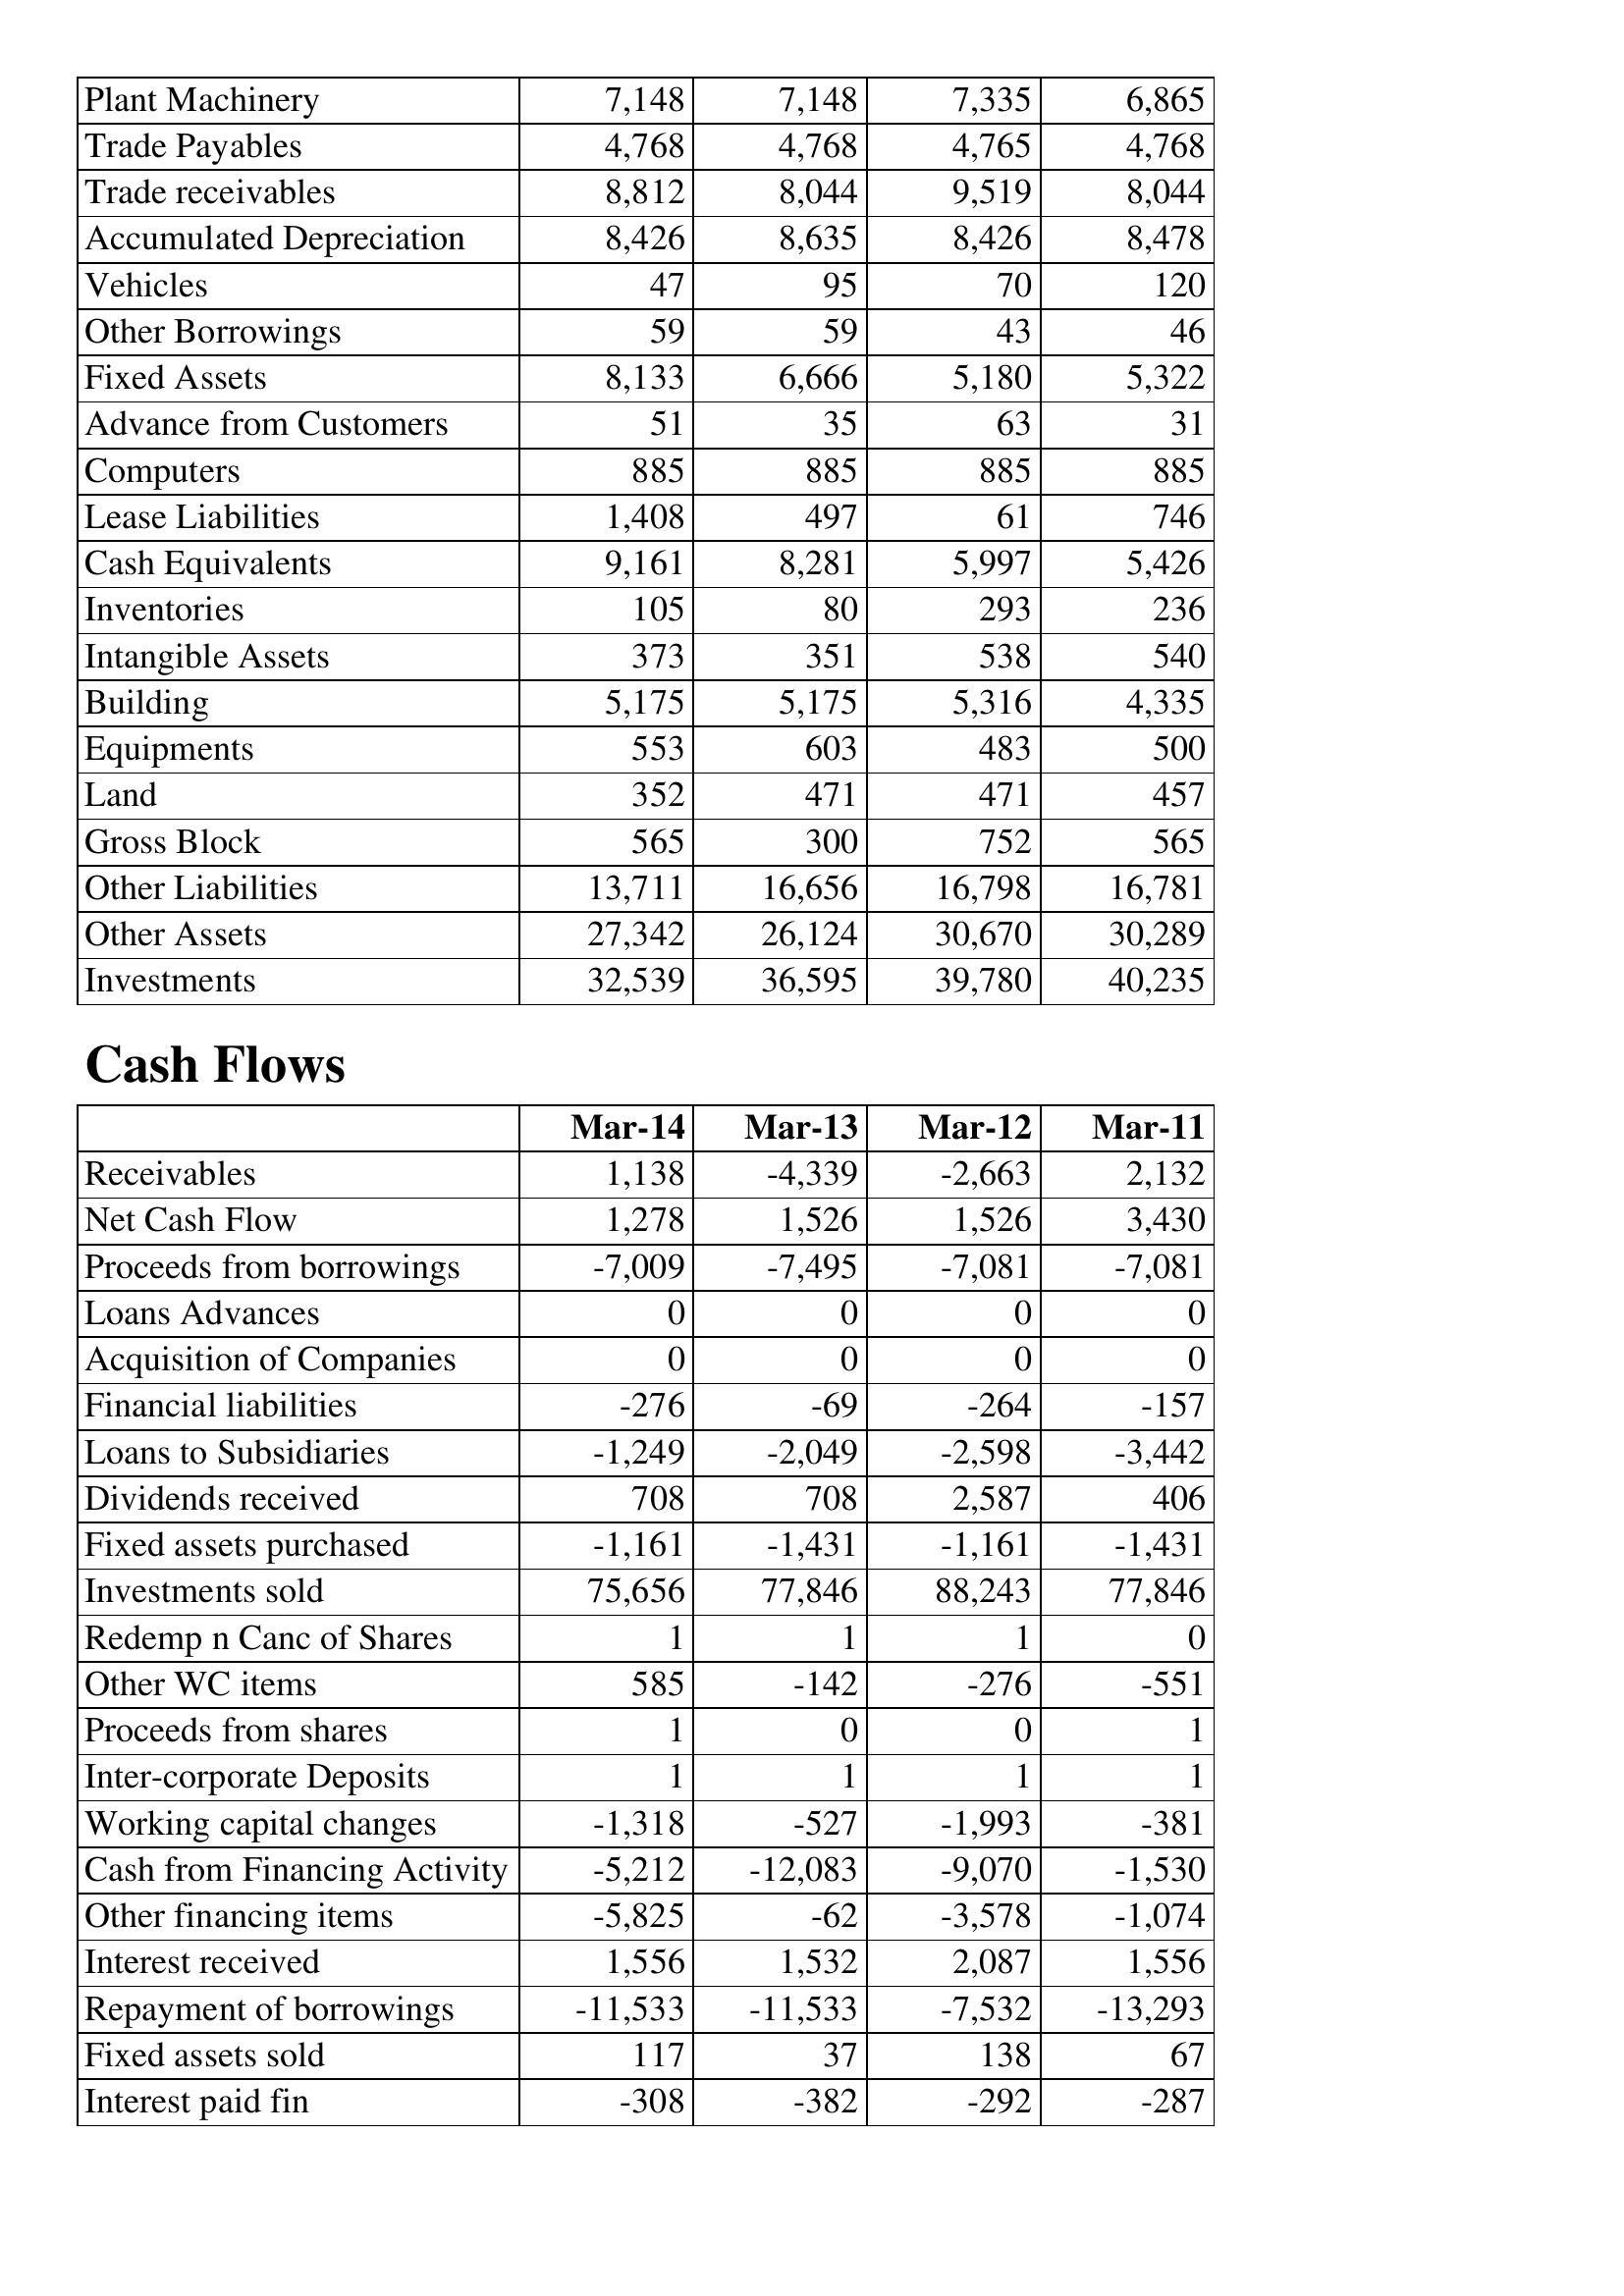
Mar-14: Balance Sheet: Plant Machinery: 7,148
Trade Payables: 4,768
Trade receivables: 8,812
Accumulated Depreciation: 8,426
Vehicles: 47
Other Borrowings: 59
Fixed Assets: 8,133
Advance from Customers: 51
Computers: 885
Lease Liabilities: 1,408
Cash Equivalents: 9,161
Inventories: 105
Intangible Assets: 373
Building: 5,175
Equipments: 553
Land: 352
Gross Block: 565
Other Liabilities: 13,711
Other Assets: 27,342
Investments: 32,539
Cash Flows: Receivables: 1,138
Net Cash Flow: 1,278
Proceeds from borrowings: -7,009
Loans Advances: 0
Acquisition of Companies: 0
Financial liabilities: -276
Loans to Subsidiaries: -1,249
Dividends received: 708
Fixed assets purchased: -1,161
Investments sold: 75,656
Redemp n Canc of Shares: 1
Other WC items: 585
Proceeds from shares: 1
Inter-corporate Deposits: 1
Working capital changes: -1,318
Cash from Financing Activity: -5,212
Other financing items: -5,825
Interest received: 1,556
Repayment of borrowings: -11,533
Fixed assets sold: 117
Interest paid fin: -308
Mar-13: Balance Sheet: Plant Machinery: 7,148
Trade Payables: 4,768
Trade receivables: 8,044
Accumulated Depreciation: 8,635
Vehicles: 95
Other Borrowings: 59
Fixed Assets: 6,666
Advance from Customers: 35
Computers: 885
Lease Liabilities: 497
Cash Equivalents: 8,281
Inventories: 80
Intangible Assets: 351
Building: 5,175
Equipments: 603
Land: 471
Gross Block: 300
Other Liabilities: 16,656
Other Assets: 26,124
Investments: 36,595
Cash Flows: Receivables: -4,339
Net Cash Flow: 1,526
Proceeds from borrowings: -7,495
Loans Advances: 0
Acquisition of Companies: 0
Financial liabilities: -69
Loans to Subsidiaries: -2,049
Dividends received: 708
Fixed assets purchased: -1,431
Investments sold: 77,846
Redemp n Canc of Shares: 1
Other WC items: -142
Proceeds from shares: 0
Inter-corporate Deposits: 1
Working capital changes: -527
Cash from Financing Activity: -12,083
Other financing items: -62
Interest received: 1,532
Repayment of borrowings: -11,533
Fixed assets sold: 37
Interest paid fin: -382
Mar-12: Balance Sheet: Plant Machinery: 7,335
Trade Payables: 4,765
Trade receivables: 9,519
Accumulated Depreciation: 8,426
Vehicles: 70
Other Borrowings: 43
Fixed Assets: 5,180
Advance from Customers: 63
Computers: 885
Lease Liabilities: 61
Cash Equivalents: 5,997
Inventories: 293
Intangible Assets: 538
Building: 5,316
Equipments: 483
Land: 471
Gross Block: 752
Other Liabilities: 16,798
Other Assets: 30,670
Investments: 39,780
Cash Flows: Receivables: -2,663
Net Cash Flow: 1,526
Proceeds from borrowings: -7,081
Loans Advances: 0
Acquisition of Companies: 0
Financial liabilities: -264
Loans to Subsidiaries: -2,598
Dividends received: 2,587
Fixed assets purchased: -1,161
Investments sold: 88,243
Redemp n Canc of Shares: 1
Other WC items: -276
Proceeds from shares: 0
Inter-corporate Deposits: 1
Working capital changes: -1,993
Cash from Financing Activity: -9,070
Other financing items: -3,578
Interest received: 2,087
Repayment of borrowings: -7,532
Fixed assets sold: 138
Interest paid fin: -292
Mar-11: Balance Sheet: Plant Machinery: 6,865
Trade Payables: 4,768
Trade receivables: 8,044
Accumulated Depreciation: 8,478
Vehicles: 120
Other Borrowings: 46
Fixed Assets: 5,322
Advance from Customers: 31
Computers: 885
Lease Liabilities: 746
Cash Equivalents: 5,426
Inventories: 236
Intangible Assets: 540
Building: 4,335
Equipments: 500
Land: 457
Gross Block: 565
Other Liabilities: 16,781
Other Assets: 30,289
Investments: 40,235
Cash Flows: Receivables: 2,132
Net Cash Flow: 3,430
Proceeds from borrowings: -7,081
Loans Advances: 0
Acquisition of Companies: 0
Financial liabilities: -157
Loans to Subsidiaries: -3,442
Dividends received: 406
Fixed assets purchased: -1,431
Investments sold: 77,846
Redemp n Canc of Shares: 0
Other WC items: -551
Proceeds from shares: 1
Inter-corporate Deposits: 1
Working capital changes: -381
Cash from Financing Activity: -1,530
Other financing items: -1,074
Interest received: 1,556
Repayment of borrowings: -13,293
Fixed assets sold: 67
Interest paid fin: -287